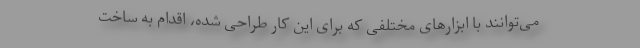
می‌توانند با ابزارهای مختلفی که برای این کار طراحی شده، اقدام به ساخت